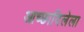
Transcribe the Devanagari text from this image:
आच्छादिलेला